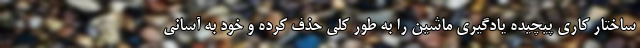
ساختار کاری پیچیده یادگیری ماشین را به طور کلی حذف کرده و خود به آسانی